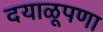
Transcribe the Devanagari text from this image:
दयाळूपणा